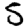
Digit: 5